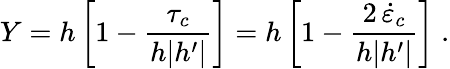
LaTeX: Y=h\left[1-\frac{\tau_{c}}{h|h^{\prime}|}\right]=h\left[1-\frac{2\, \dot{\varepsilon}_{c}}{h|h^{\prime}|}\right]\; .